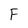
Character: F